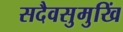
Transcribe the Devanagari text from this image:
सदैवसुमुखिं